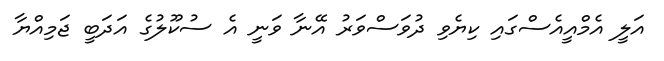
އަލީ އެމްއީއެސްގައި ކިޔެވި ދުވަސްވަރު އޭނާ ވަނީ އެ ސުކޫލުގެ އަދަބީ ޖަމިއްޔާ